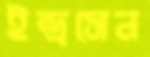
ইন্দ্রসেন